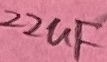
Text: 22uF